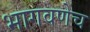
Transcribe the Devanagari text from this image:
भागवणेच